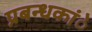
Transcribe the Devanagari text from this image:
प्रबन्धकांे